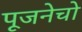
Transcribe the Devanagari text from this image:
पूजनेचो